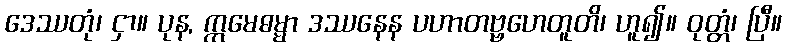
ဒေဿတုံ၊ ငှာ။ ပုန, ဣမေဓမ္မာ ဒဿနေန ပဟာတဗ္ဗဟေတူတိ၊ ဟူ၍။ ဝုတ္တံ၊ ပြီ။